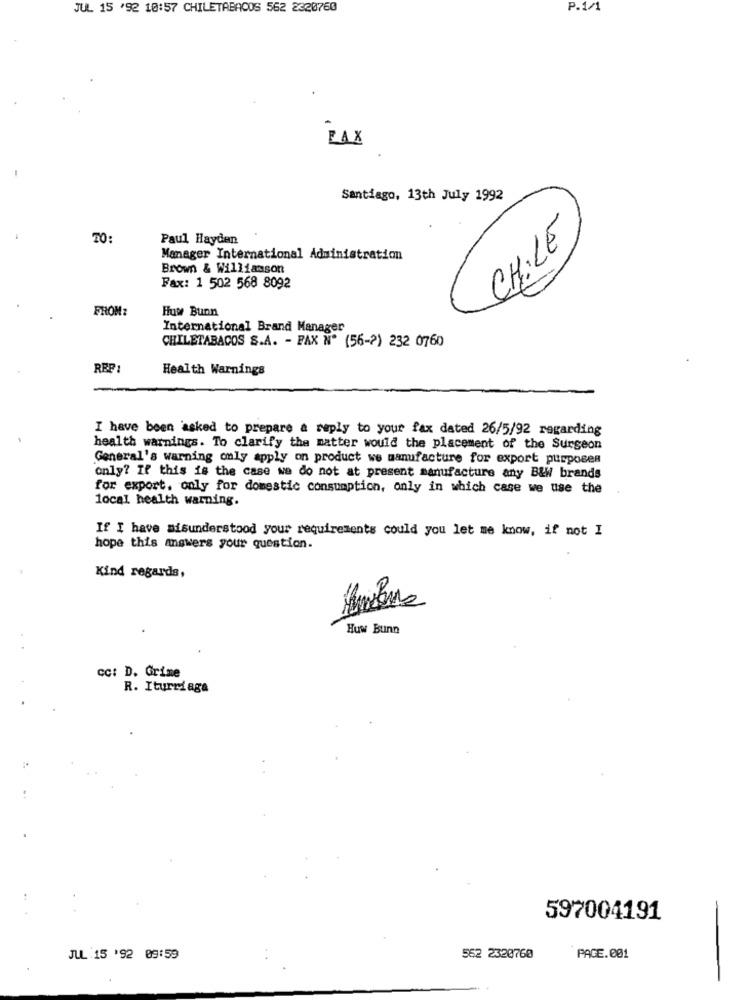
JUL 15 '92 10:57 CHILETABACOS 562 2320760
P.1/1
LAX
Santiago, 13th July 1992
CH:LE
TO:
Paul Hayden
Manager International Administration
Brown & Williamson
Fax: 1 502 568 8092
FROM:
Huw Bunn
International Brand Manager
CHILETABACOS S.A. - FAX Nº (56-2) 232 0760
REP:
Health Warnings
I have been asked to prepare a reply to your fax dated 26/5/92 regarding
health warnings. To clarify the matter would the placement of the Surgeon
General's warning only apply on product we manufacture for export purposes
only? If this is the case we do not at present manufacture any B&W brands
for export. only for domestic consumption, only in which case we use the
local health warning.
If I have misunderstood your requirements could you let me know, if not I
hope this answers your question.
Kind regards,
Huw Bunn
cc: D. Grime
R. Iturriaga
597004191
JUL 15 '92 09:59
562 2320760
PAGE.001